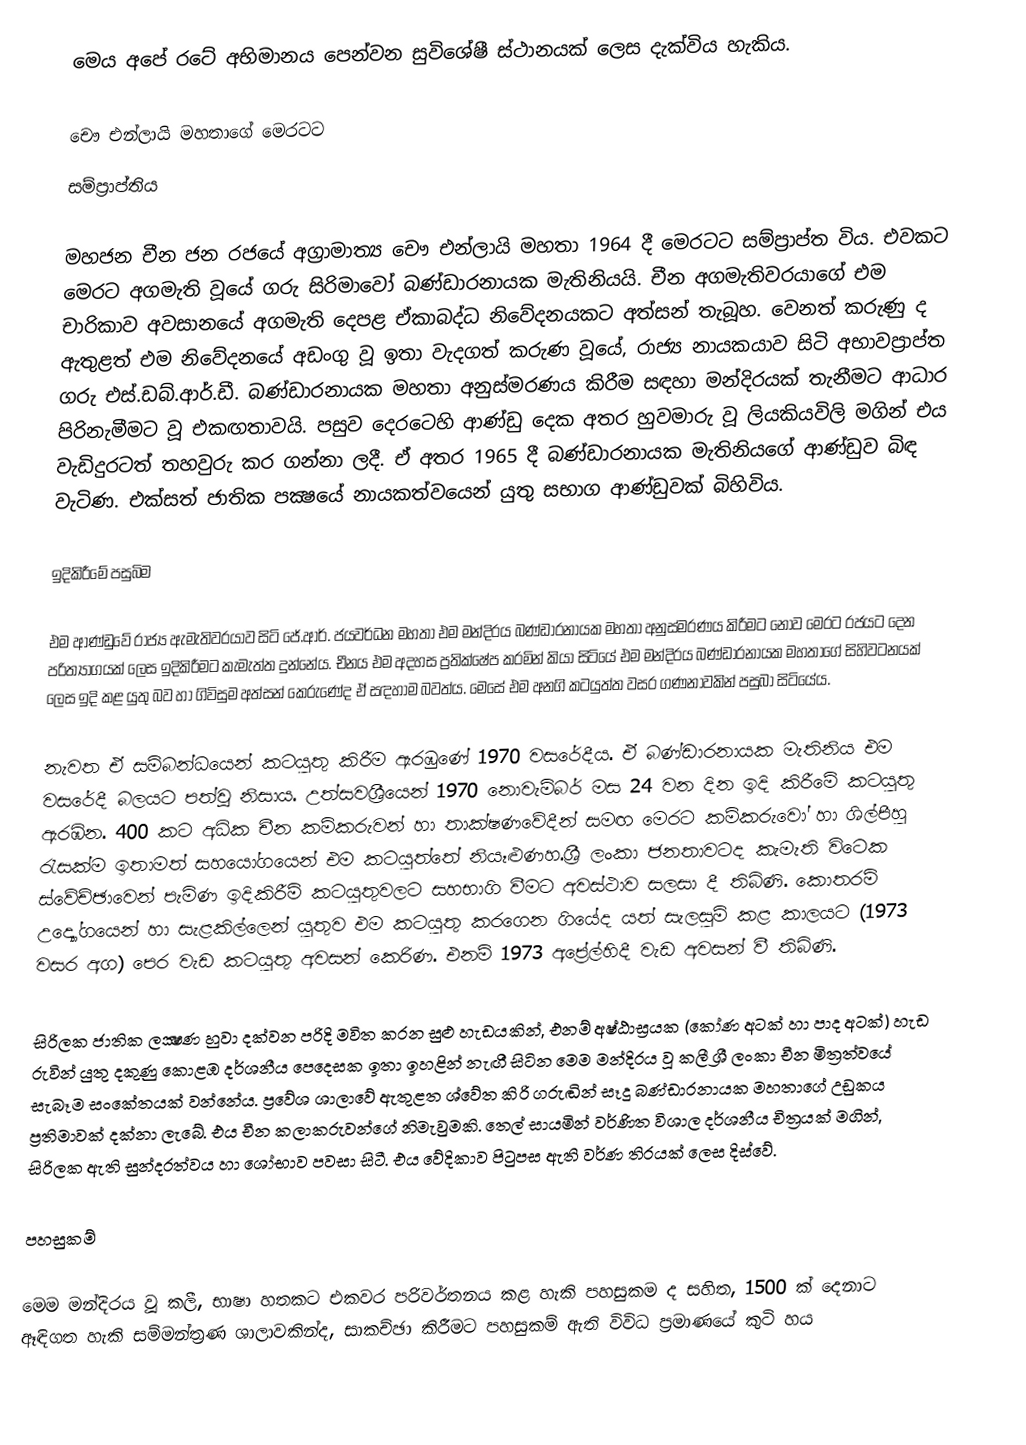
මෙය අපේ රටේ අභිමානය පෙන්වන සුවිශේෂී ස්ථානයක් ලෙස දැක්විය හැකිය.

   චෞ එන්ලායි මහතාගේ  මෙරටට
           සම්ප්‍රාප්තිය

මහජන චීන ජන රජයේ අග්‍රාමාත්‍ය චෞ එන්ලායි මහතා 1964 දී මෙරටට සම්ප්‍රාප්ත විය. එවකට මෙරට අගමැති වූයේ ගරු සිරිමාවෝ බණ්ඩාරනායක මැතිනියයි. චීන අගමැතිවරයාගේ එම චාරිකාව අවසානයේ අගමැති දෙපළ ඒකාබද්ධ නිවේදනයකට අත්සන් තැබූහ. වෙනත් කරුණු ද ඇතුළත් එම නිවේදනයේ අඩංගු වූ ඉතා වැදගත් කරුණ වූයේ, රාජ්‍ය නායකයාව සිටි අභාවප්‍රාප්ත ගරු එස්.ඩබ්.ආර්.ඩී. බණ්ඩාරනායක මහතා අනුස්‌මරණය කිරීම සඳහා මන්දිරයක්‌ තැනීමට ආධාර පිරිනැමීමට වූ එකඟතාවයි. පසුව දෙරටෙහි ආණ්‌ඩු දෙක අතර හුවමාරු වූ ලියකියවිලි මගින් එය වැඩිදුරටත් තහවුරු කර ගන්නා ලදී. ඒ අතර 1965 දී බණ්‌ඩාරනායක මැතිනියගේ ආණ්‌ඩුව බිඳ වැටිණ. එක්‌සත් ජාතික පක්‍ෂයේ නායකත්වයෙන් යුතු සභාග ආණ්‌ඩුවක්‌ බිහිවිය.

ඉදිකිරීමේ පසුබිම

එම ආණ්‌ඩුවේ රාජ්‍ය ඇමැතිවරයාව සිටි ජේ.ආර්. ජයවර්ධන මහතා එම මන්දිරය බණ්‌ඩාරනායක මහතා අනුස්‌මරණය කිරීමට නොව මෙරට රජයට දෙන පරිත්‍යාගයක්‌ ලෙස ඉදිකිරීමට කැමැත්ත දුන්නේය. චීනය එම අදහස ප්‍රතික්‌ෂේප කරමින් කියා සිටියේ එම මන්දිරය බණ්‌ඩාරනායක මහතාගේ සිහිවටනයක්‌ ලෙස ඉදි කළ යුතු බව හා ගිවිසුම අත්සන් කෙරුණේද ඒ සඳහාම බවත්ය. මෙසේ එම අනගි කටයුත්ත වසර ගණනාවකින් පසුබා සිටියේය.

නැවත ඒ සම්බන්ධයෙන් කටයුතු කිරීම ඇරඹුණේ 1970 වසරේදීය. ඒ බණ්‌ඩාරනායක මැතිනිය එම වසරේදී බලයට පත්වූ නිසාය. උත්සවශ්‍රීයෙන් 1970 නොවැම්බර් මස 24 වන දින ඉදි කිරීමේ කටයුතු ඇරඹින. 400 කට අධික චීන කම්කරුවන් හා තාක්‌ෂණවේදීන් සමඟ මෙරට කම්කරුවෝ හා ශිල්පීහු රැසක්‌ම ඉතාමත් සහයෝගයෙන් එම කටයුත්තේ නියෑළුණහ.ශ්‍රී ලංකා ජනතාවටද කැමැති විටෙක ස්‌වේච්ඡාවෙන් පැමිණ ඉදිකිරීම් කටයුතුවලට සහභාගි වීමට අවස්‌ථාව සලසා දී තිබිණි. කොතරම් උද්‍යෝගයෙන් හා සැළකිල්ලෙන් යුතුව එම කටයුතු කරගෙන ගියේද යත් සැලසුම් කළ කාලයට (1973 වසර අග) පෙර වැඩ කටයුතු අවසන් කෙරිණ. එනම් 1973 අප්‍රේල්හිදී වැඩ අවසන් වී තිබිණි.

සිරිලක ජාතික ලක්‍ෂණ හුවා දක්‌වන පරිදි මවිත කරන සුළු හැඩයකින්, එනම් අෂ්ඨාස්‍රයක (කෝණ අටක්‌ හා පාද අටක්‌) හැඩ රුවින් යුතු දකුණු කොළඹ දර්ශනීය පෙදෙසක ඉතා ඉහළින් නැඟී සිටින මෙම මන්දිරය වූ කලී ශ්‍රී ලංකා චීන මිත්‍රත්වයේ සැබෑම සංකේතයක්‌ වන්නේය. ප්‍රවේශ ශාලාවේ ඇතුළත ශ්වේත කිරි ගරුඬින් සෑදූ බණ්‌ඩාරනායක මහතාගේ උඩුකය ප්‍රතිමාවක්‌ දක්‌නා ලැබේ. එය චීන කලාකරුවන්ගේ නිමැවුමකි. තෙල් සායමින් වර්ණිත විශාල දර්ශනීය චිත්‍රයක්‌ මගින්, සිරිලක ඇති සුන්දරත්වය හා ශෝභාව පවසා සිටී. එය වේදිකාව පිටුපස ඇති වර්ණ තිරයක්‌ ලෙස දිස්‌වේ.

පහසුකම්

මෙම මන්දිරය වූ කලී, භාෂා හතකට එකවර පරිවර්තනය කළ හැකි පහසුකම ද සහිත, 1500 ක්‌ දෙනාට ඈඳිගත හැකි සම්මන්ත්‍රණ ශාලාවකින්ද, සාකච්ඡා කිරීමට පහසුකම් ඇති විවිධ ප්‍රමාණයේ කුටි හය